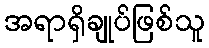
အရာရှိချုပ်ဖြစ်သူ